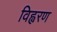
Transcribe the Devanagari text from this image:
विह्वरण